Report on the working of the mental hospitals for Indians in Bihar and Orissa - 1925-1929
Year: 1925
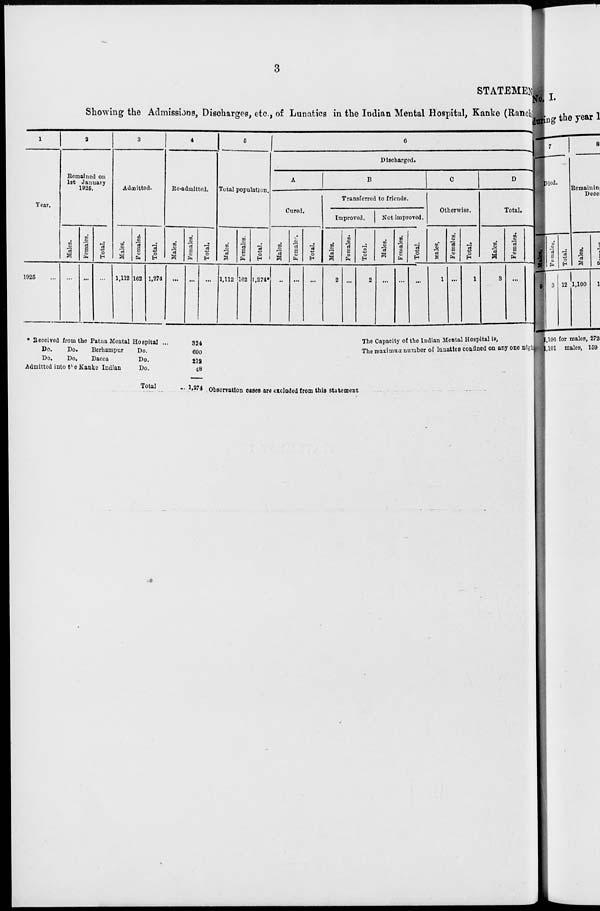
3
STATEMEN
Showing the Admissions, Discharges, etc., of Lunatics in the Indian Mental Hospital, Kanke (Ranch
1
Year.
1925 ...
2
Remained on
1st January
1925.
Males.
...
Females.
...
Total.
...
3
Admitted.
Males.
1,112
Females.
162
Total.
1.274
4
Re-admitted.
Males.
...
Females.
...
Total.
...
5
Total population.
Males.
1,112
Females.
162
Total.
1,274*
6
Discharged.
A
Cured.
Males.
...
Females.
...
Total.
...
B
Transferred to friends.
Improved.
Males.
2
Females.
...
Total.
2
Not improved.
Males.
...
Females.
...
Total.
...
C
Otherwise.
Males,
1
Females.
...
Total.
1
D
Total.
Males.
3
Females.
...
*Received from the Patna Mental Hospital ...
Do.
Do.
Berhampur
Do.
Do.
Do.
Dacca
Do.
Admitted into the Kanke Indian
Do.
Total
324
690
212
48
1,274
The Capacity of the Indian Mental Hospital is
The maximum number of lunatics confined on any one night
Observation cases are excluded from this statement